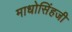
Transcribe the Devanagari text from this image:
माधोसिंहजी